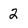
Character: 2